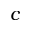
c